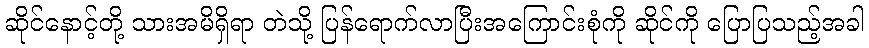
ဆိုင်နောင့်တို့ သားအမိရှိရာ တဲသို့ ပြန်ရောက်လာပြီးအကြောင်းစုံကို ဆိုင်ကို ပြောပြသည့်အခါ